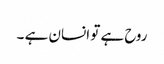
روح ہے تو انسان ہے ۔